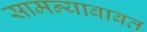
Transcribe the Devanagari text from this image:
सामन्याबाबत